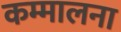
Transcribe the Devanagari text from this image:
कम्मालना